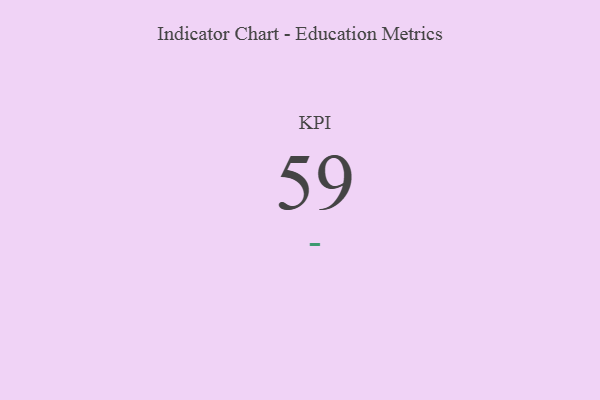
{"axis": {"x": "KPI", "y": "Value"}, "legend": [""], "data": [{"x": "KPI", "y": 59, "type": ""}]}